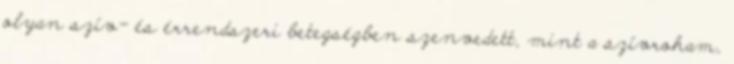
olyan szív- és érrendszeri betegségben szenvedett, mint a szívroham,